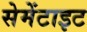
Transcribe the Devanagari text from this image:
सेमेंटाइट